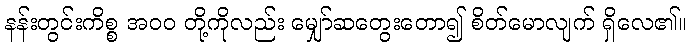
နန်းတွင်းကိစ္စ အ၀၀ တို့ကိုလည်း မျှော်ဆတွေးတော၍ စိတ်မောလျက် ရှိလေ၏။